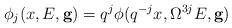
LaTeX: \begin{align*} \phi_j(x, E, {\bf g})= q^j \phi(q^{-j} x , \Omega^{3j} E,{\bf g})\end{align*}